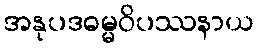
အနုပဒဓမ္မဝိပဿနာယ